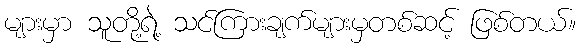
များမှာ သူတို့ရဲ့ သင်ကြားချက်များမှတစ်ဆင့် ဖြစ်တယ်။